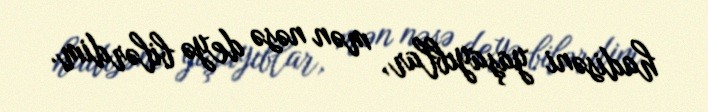
hadisəni yaşayıblar, mən nəsə deyə bilərdim.